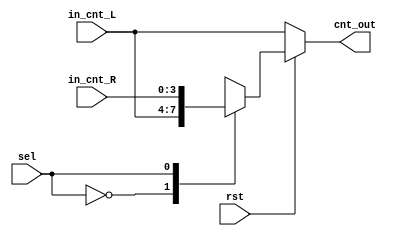
`timescale 1ns / 1ps

module mux_sel(
    input [3:0] in_cnt_R,
    input [3:0] in_cnt_L,
    input sel,
	 input rst,
    output [3:0] cnt_out
    );

reg [3:0] cnt;


assign cnt_out[3:0] = cnt[3:0];


always @(*)begin
	if(~rst)cnt<=in_cnt_L;
	else begin
		case(sel)
			1'b0:cnt<=in_cnt_L;
			1'b1:cnt<=in_cnt_R;
		endcase
	end
end

endmodule